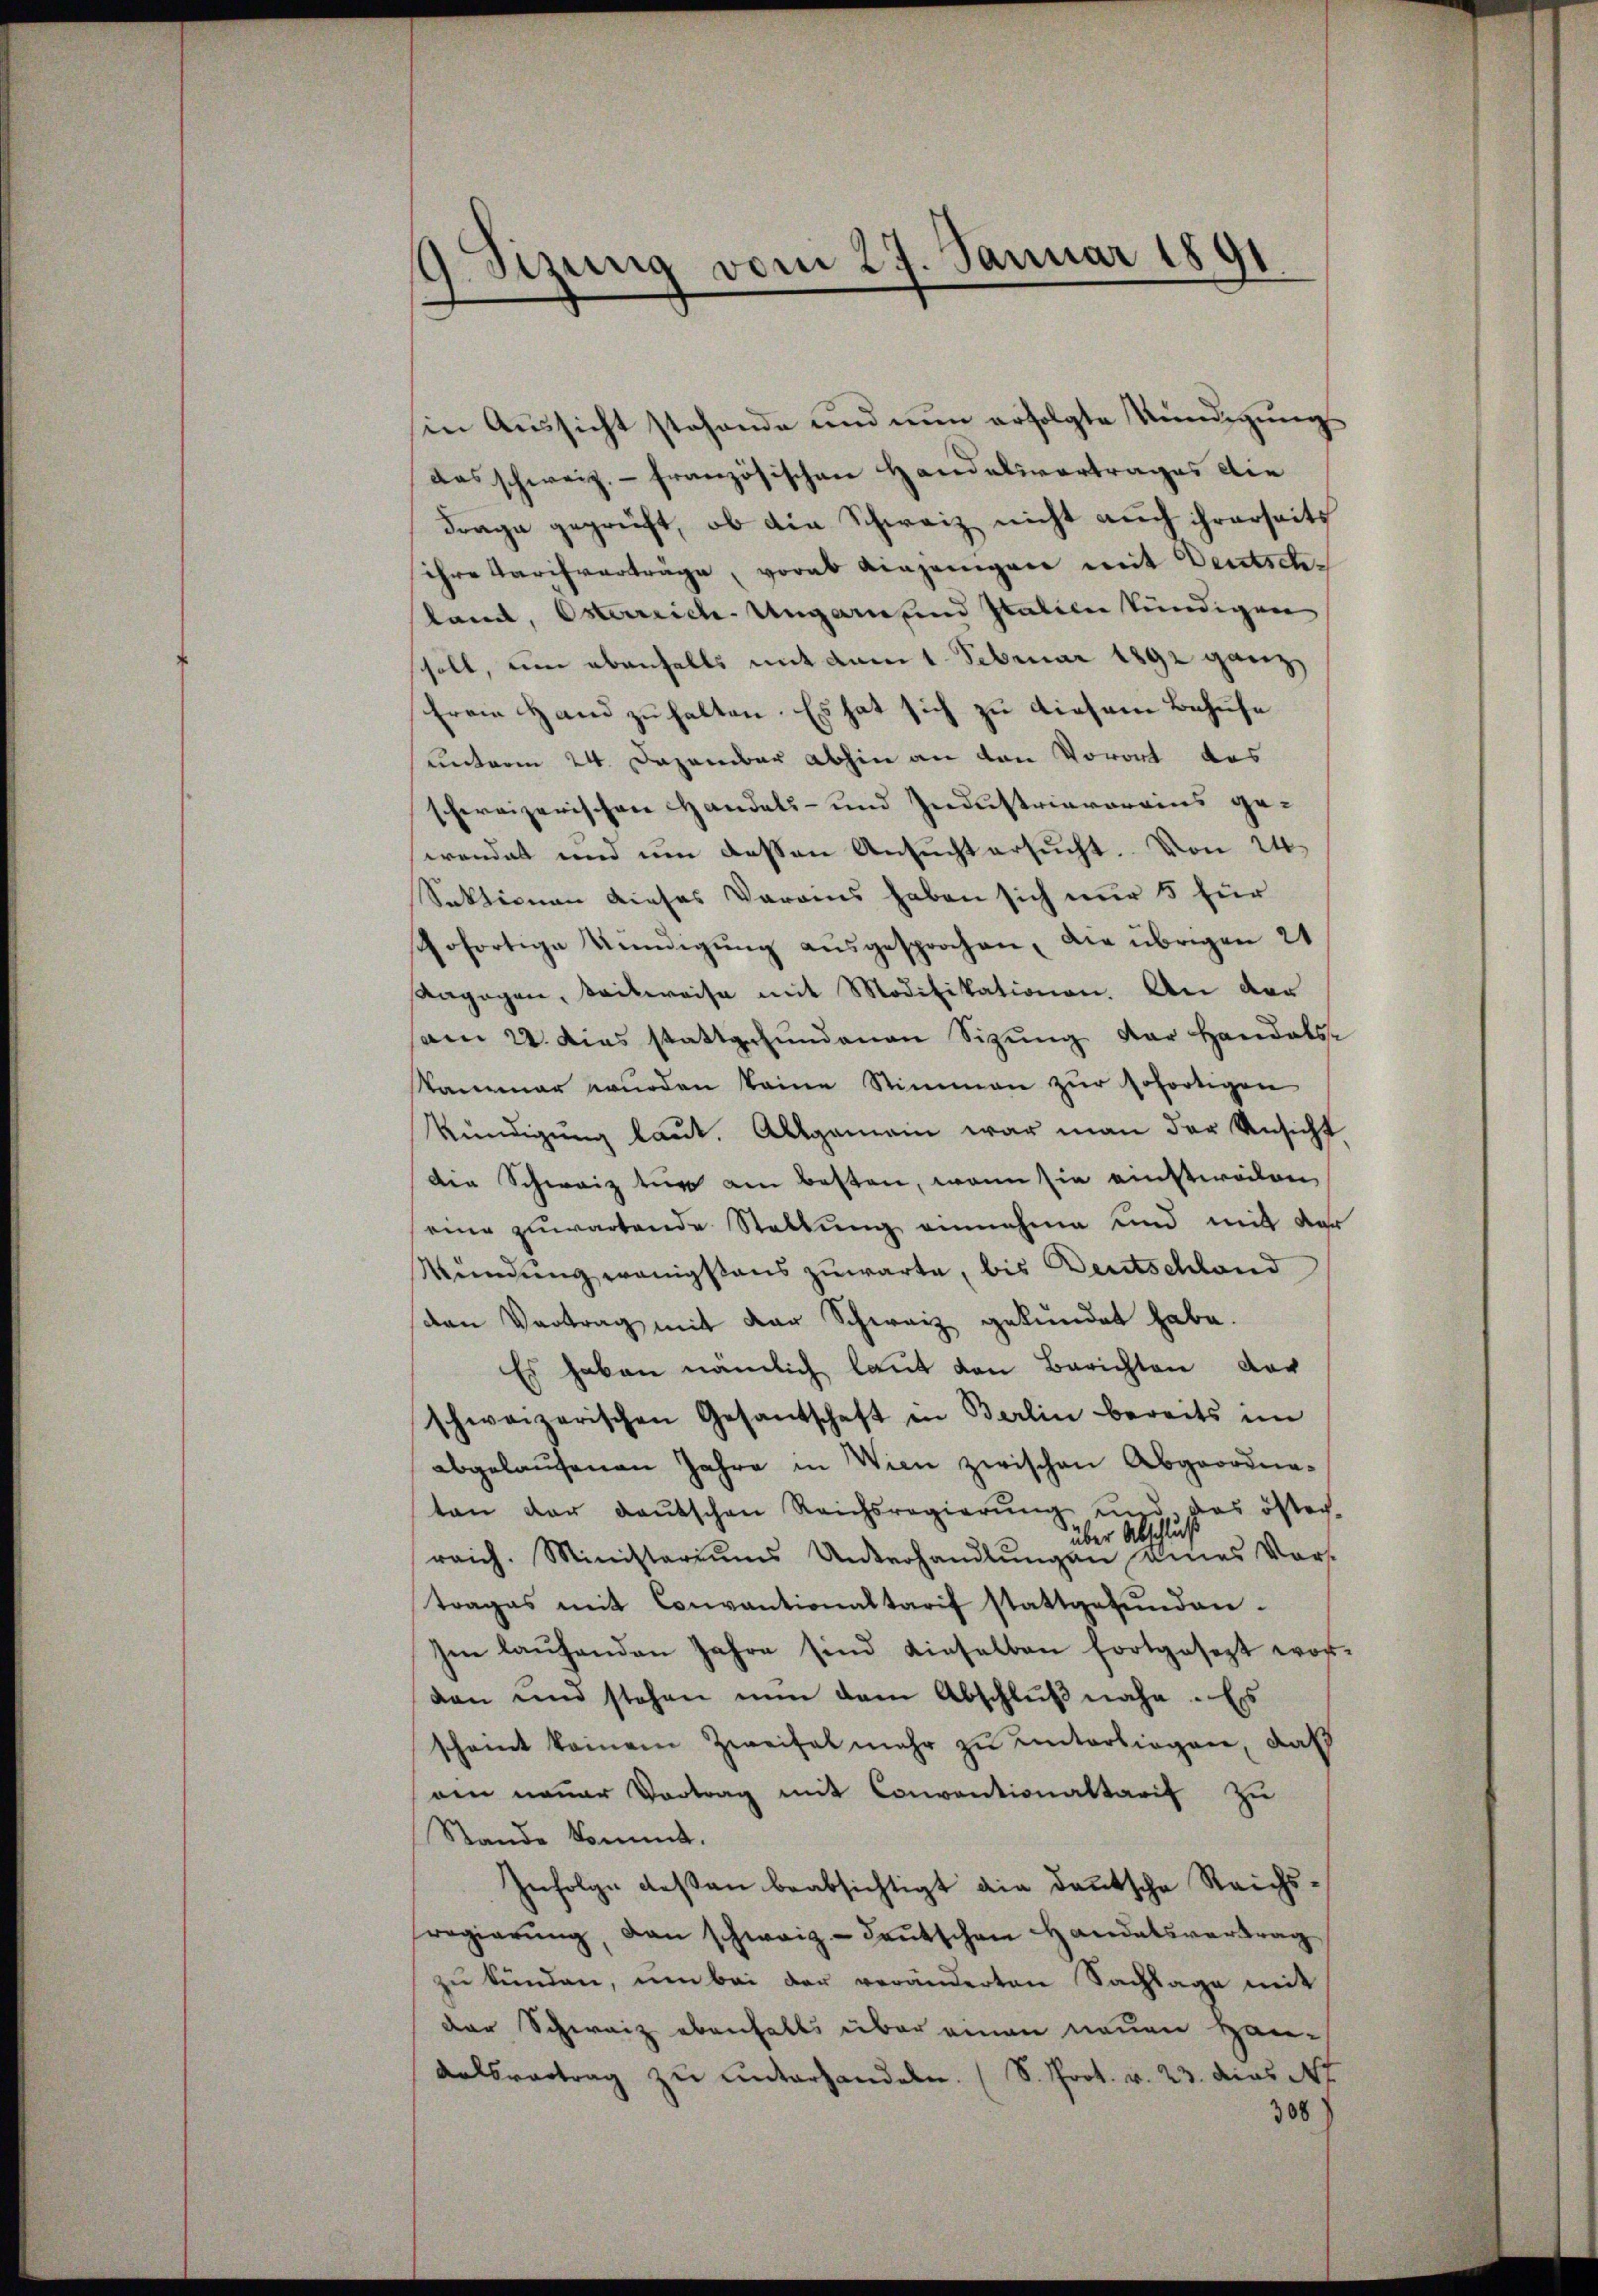
9 Sizung vom 27. Januar 1891

in Aussicht stehende und nun erfolgte Kündigungs
das schweiz. - französischen Handelsvertrages die
Frage geprüft, ob die Schweiz nicht auch ihrerseits
ihre Tarifverträge, vorab einjenigen mit Deutschland, Osterreich-Ungarn und Italiene kündigen
soll, um ebenfalls mit dem 1. Februar 1892 ganz
freie Hand zuhalten. Es hat sich zu diesem Behufe
unterm 24. Dezember abhin an den Vorort das
schereizerischen Handels- und Industriavoreins ge-
wendet und um dessen Ansucht ersucht. Von 24
Sektionen dieses Voraus haben sich nur 5 für
gofortige Kündigung ausgesprochen, die übrigen 21
Angegen, teilweise mit Modifikationen. An der
am 22. Dies stattgefundenen Sizung der Handels-
Kammer wurden keine Stimmen zur sofortigen
kündigung laut. Allgemein war man der Ansicht
die Schweiz zur am besten, wenn sie einstweilen
eine zuwartende Stellung einnahme und mit der
Wendung wenigstens zuwarte, bis Deutschland
den Vortrag mit der Schweiz gekündet habe.
Es haben nämlich laut den Berichten der
schweizerischen Gesandschaft in Berlin bereits im
abgelaufenen Jahre in Wien zwischen Abgeordna-
ten der deutschen Reichsregierung und des öster-
über Abschluß
raich. Ministariŭms Unterhandlŭngen eines Vor-
trages mit Convantionaltarif stattgefunden.
Ien laŭfenden Jahre sind dieselben fortgesezt wor-
den und stehen nŭn dem Abschlŭβnahe . Es
scheint keinem Zweifel mehr zu unterliegen, daß
nen neuer Vortrag mit Conventionaltarif zu
Stande kommt.
Infolge deßen beabsichtigt die deutsche Reichs
regierŭng, dan schweiz deutschen Handelsvertrag
zu kunden, um bei der veränderten Sachlage mit
der Schweiz ebenfalls über einen neuen Han¬
Kalsvertrag zu unterhandeln. (S. Prot. v. 23. dies N
308)